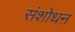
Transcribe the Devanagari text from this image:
संशोधऩ